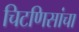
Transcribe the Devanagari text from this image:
चिटणिसांचा